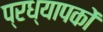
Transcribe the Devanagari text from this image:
प्रध्यापकों